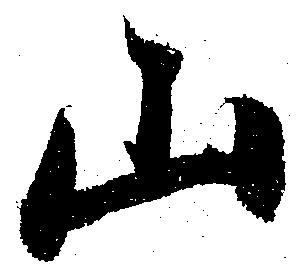
山